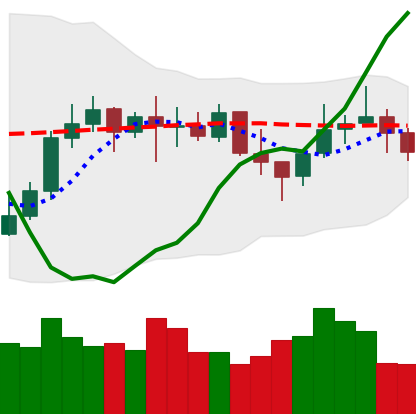
Ticker: LINK-USD
Chart end date: 2021-10-18
Forward return: 22.39%
Label: up_7plus